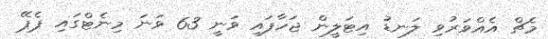
މެޗް އެއްވަރުވި ލަނޑު އިޓަލީން ޖަހާފައި ވަނީ 63 ވަނަ މިނެޓްގައި ޕެޕޭ